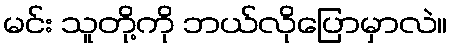
မင်း သူတို့ကို ဘယ်လိုပြောမှာလဲ။